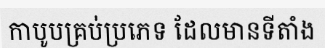
កាបូបគ្រប់ប្រភេទ ដែលមានទីតាំង